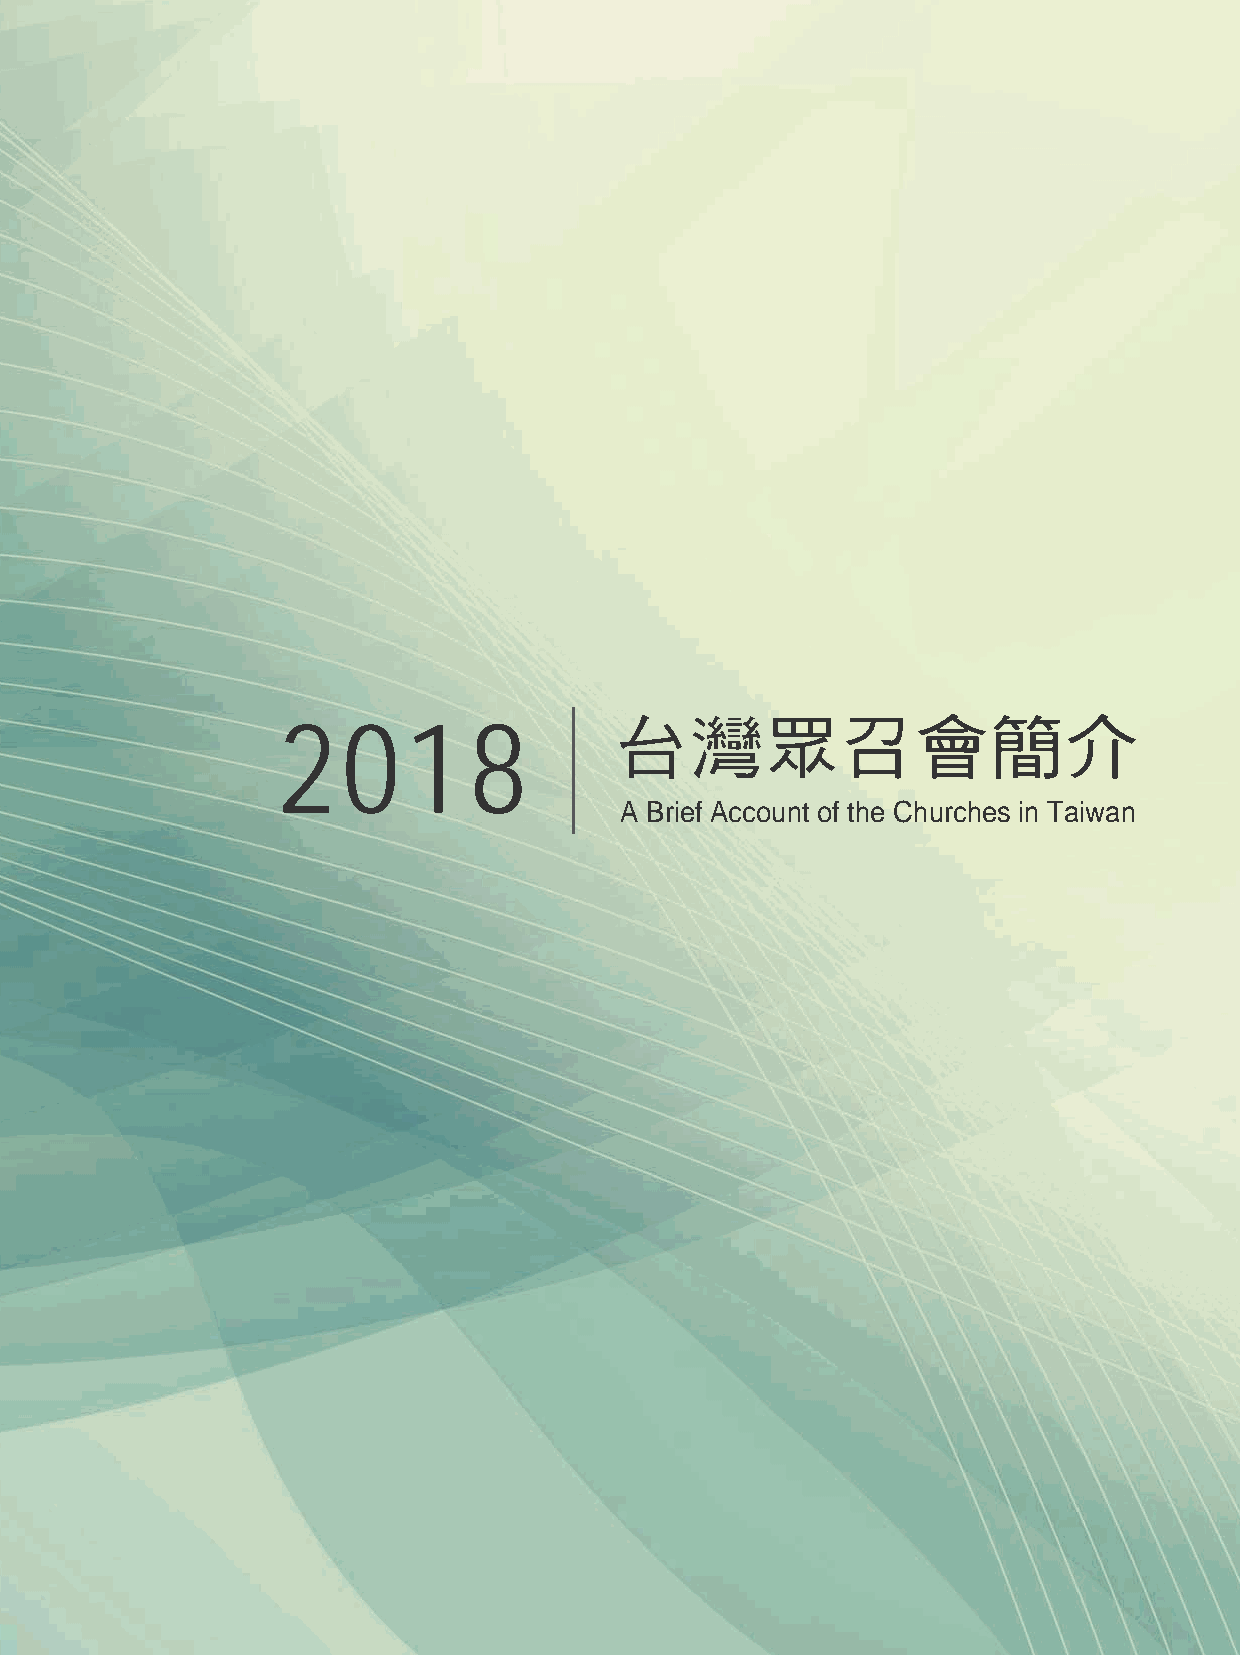
2    0   1   8         台灣眾召會簡介
 A Brief Account of the Churches in Taiwan